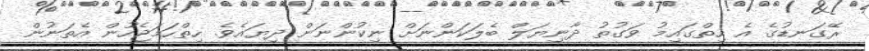
ރޭގަނޑުގެ އެ ހިތްގައިމު ވަގުތު ދާނިޔަލް ބެލަކަންނަށް ނިކުންނަން ދިޔައެވެ. ހިތްހަމަޖެހުން އެތަނުން